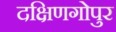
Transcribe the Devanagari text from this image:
दक्षिणगोपुर